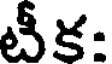
టీక: